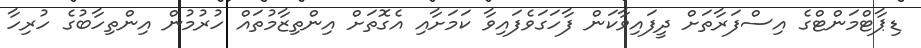
ޑިޕާޓްމަންޓްގެ އިސްފަރާތަށް ދީފައިވާކަން ފާހަގަވެފައިވާ ކަމަށާއި އެގޮތަށް އިންތިޒާމުތައް ހުރުމުން އިންތިހާބުގެ ހުރިހާ